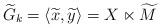
LaTeX: \begin{align*} \widetilde{G}_k = \langle \widetilde{x}, \widetilde{y} \rangle = X \ltimes \widetilde{M} \end{align*}